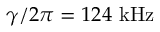
\gamma / 2 \pi = 1 2 4 ~ \mathrm { k H z }